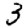
Digit: 3